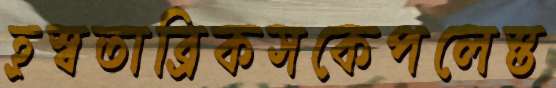
হ্রস্বতাব্রিকসকেপলেস্ত